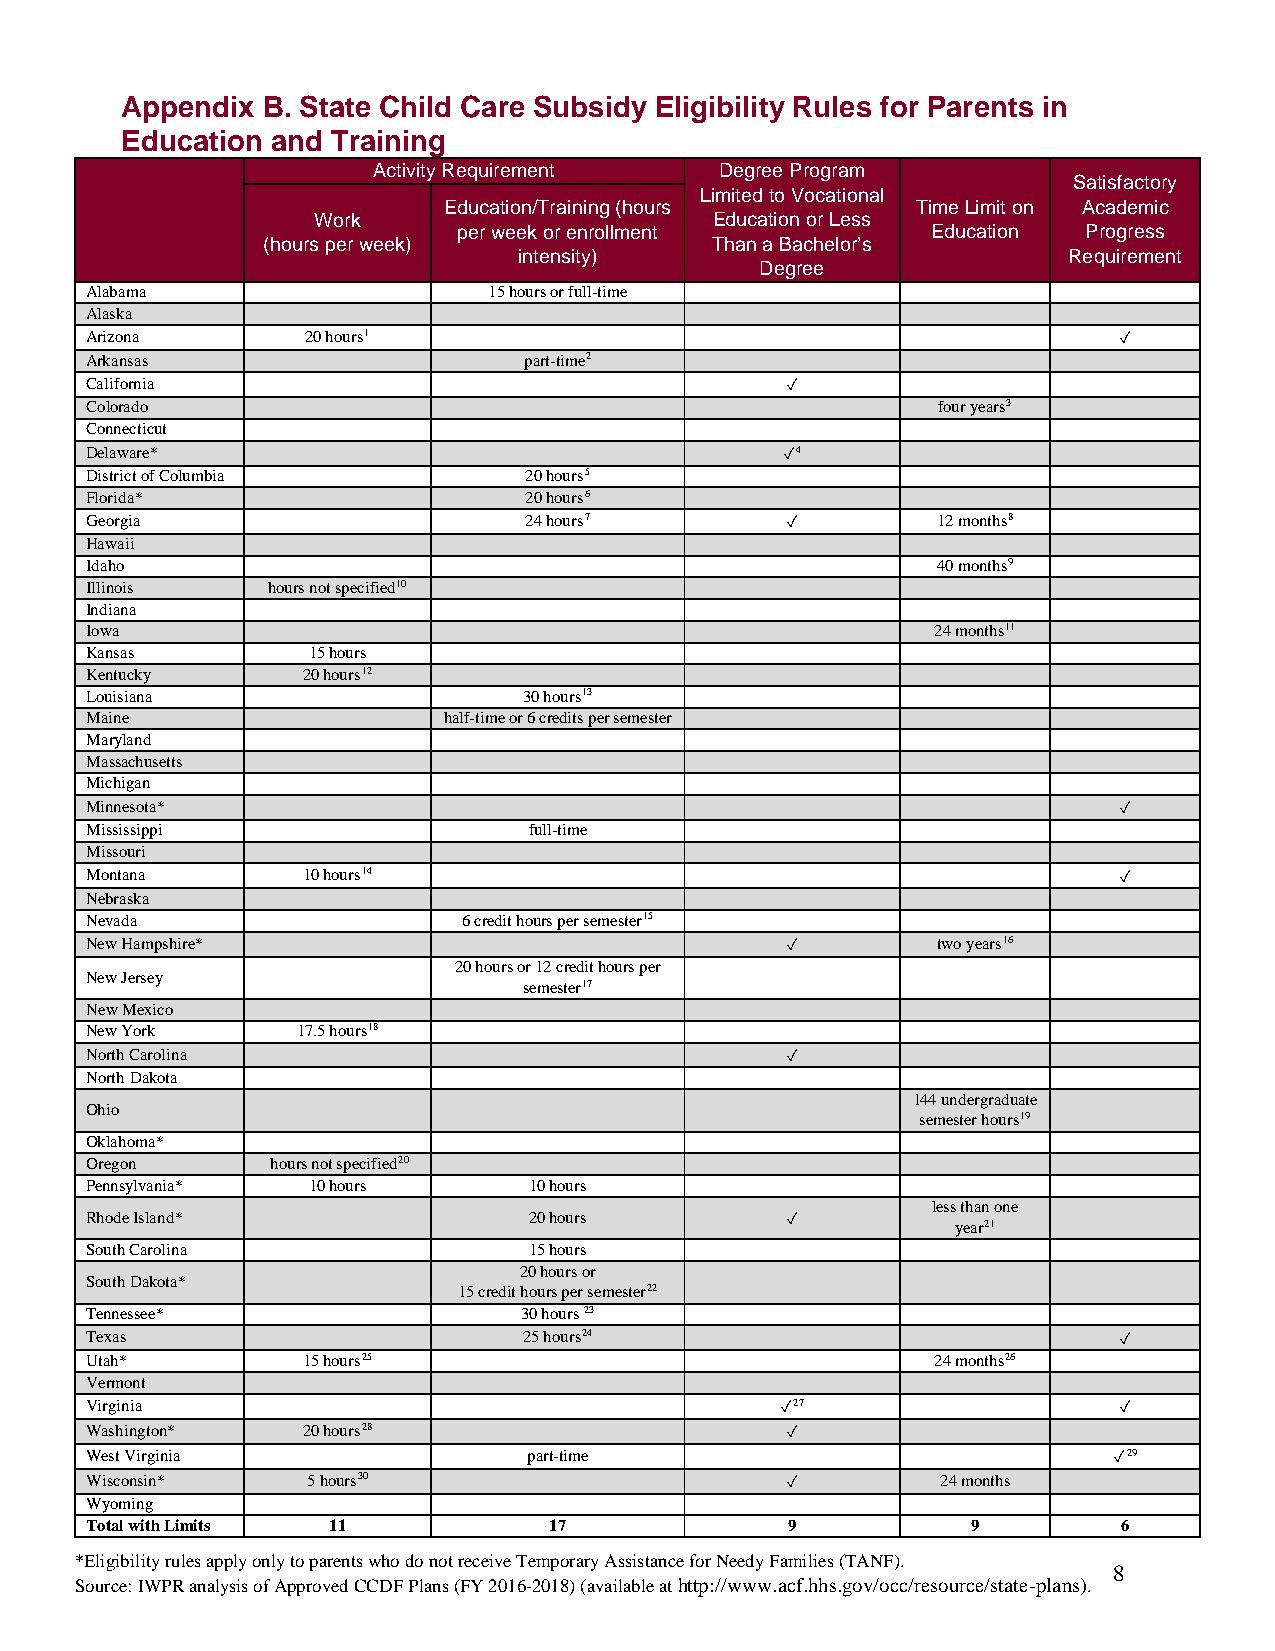
Appendix B. State Child Care Subsidy Eligibility Rules for Parents in
 Education and Training
 Activity Requirement   Degree Program
 Satisfactory
 Limited to Vocational
 Education/Training (hours       Time Limit on Academic
 Work                      Education or Less
 per week or enrollment          Education Progress
 (hours per week)              Than a Bachelor’s
 intensity)                           Requirement
 Degree
 Alabama                   15 hours or full-time
 Alaska
 Arizona       20 hours1                                             ✓
 Arkansas                     part-time2
 California                                    ✓
 Colorado                                                four years3
 Connecticut
 Delaware*                                     ✓4
 District of Columbia         20 hours5
 Florida*                     20 hours6
 Georgia                      24 hours7        ✓         12 months8
 Hawaii
 Idaho                                                   40 months9
 Illinois    hours not specified10
 Indiana
 Iowa                                                    24 months11
 Kansas        15 hours
 Kentucky      20 hours12
 Louisiana                    30 hours13
 Maine                  half-time or 6 credits per semester
 Maryland
 Massachusetts
 Michigan
 Minnesota*                                                          ✓
 Mississippi                  full-time
 Missouri
 Montana       10 hours14                                            ✓
 Nebraska
 Nevada                   6 credit hours per semester15
 New Hampshire*                                ✓         two years16
 20 hours or 12 credit hours per
 New Jersey
 semester17
 New Mexico
 New York      17.5 hours18
 North Carolina                                ✓
 North Dakota
 144 undergraduate
 Ohio
 semester hours19
 Oklahoma*
 Oregon      hours not specified20
 Pennsylvania* 10 hours       10 hours
 less than one
 Rhode Island*                20 hours         ✓
 year21
 South Carolina               15 hours
 20 hours or
 South Dakota*
 15 credit hours per semester22
 Tennessee*                  30 hours 23
 Texas                        25 hours24                             ✓
 Utah*         15 hours25                                24 months26
 Vermont
 Virginia                                      ✓27                   ✓
 Washington*   20 hours28                      ✓
 West Virginia                part-time                              ✓29
 Wisconsin*    5 hours30                       ✓         24 months
 Wyoming
 Total with Limits 11          17              9           9         6
 *Eligibility rules apply only to parents who do not receive Temporary Assistance for Needy Families (TANF).
 8
 Source: IWPR analysis of Approved CCDF Plans (FY 2016-2018) (available at http://www.acf.hhs.gov/occ/resource/state-plans).